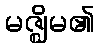
မဇ္ဈိမ၏